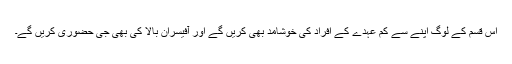
اس قسم کے لوگ اپنے سے کم عہدے کے افراد کی خوشامد بھی کریں گے اور آفیسران بالا کی بھی جی حضوری کریں گے۔